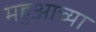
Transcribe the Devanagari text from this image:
महुआच्या